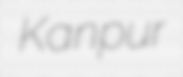
Kanpur